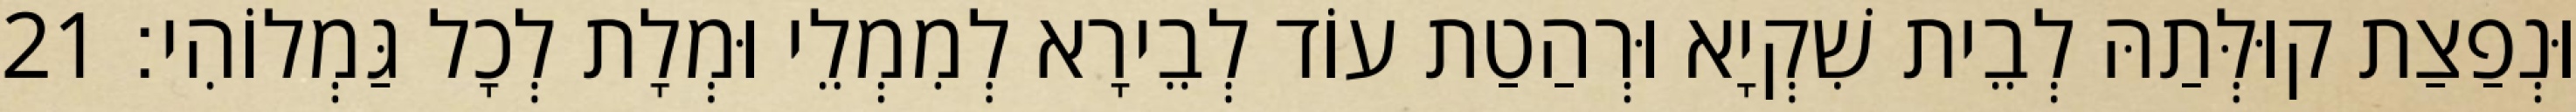
וּנְפַצַת קוּלְּתַהּ לְבֵית שִׁקְיָא וּרְהַטַת עוֹד לְבֵירָא לְמִמְלֵי וּמְלָת לְכָל גַּמְלוֹהִי׃ 21